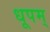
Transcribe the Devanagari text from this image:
धूपम्‌